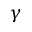
\ensuremath { \gamma }